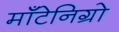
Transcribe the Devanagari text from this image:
मॉँटेनिग्रो